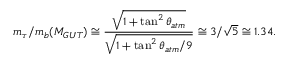
m _ { \tau } / m _ { b } ( M _ { G U T } ) \cong \frac { \sqrt { 1 + \tan ^ { 2 } \theta _ { a t m } } } { \sqrt { 1 + \tan ^ { 2 } \theta _ { a t m } / 9 } } \cong 3 / \sqrt { 5 } \cong 1 . 3 4 .